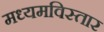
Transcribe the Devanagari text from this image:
मध्यमविस्तार